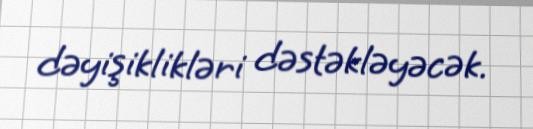
dəyişiklikləri dəstəkləyəcək.